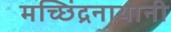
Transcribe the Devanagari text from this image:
मच्छिंद्रनाथानी